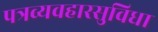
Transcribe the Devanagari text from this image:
पत्रव्यवहारसुविधा